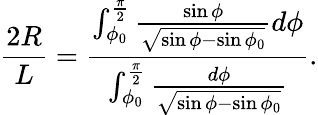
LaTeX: \frac{2R}{L}=\frac{\int_{\phi_{0}}^{\frac{\pi}{2}}\frac{\sin\phi}{\sqrt{\sin\phi-\sin\phi_{0}}}d\phi}{\int_{\phi_{0}}^{\frac{\pi}{2}}\frac{d\phi}{\sqrt{\sin\phi-\sin\phi_{0}}}}.